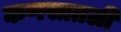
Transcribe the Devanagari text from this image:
कणसातली